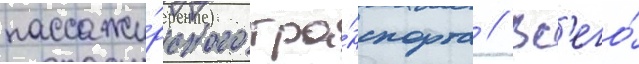
пассажи́рского тра́нспорта // Вс'его́